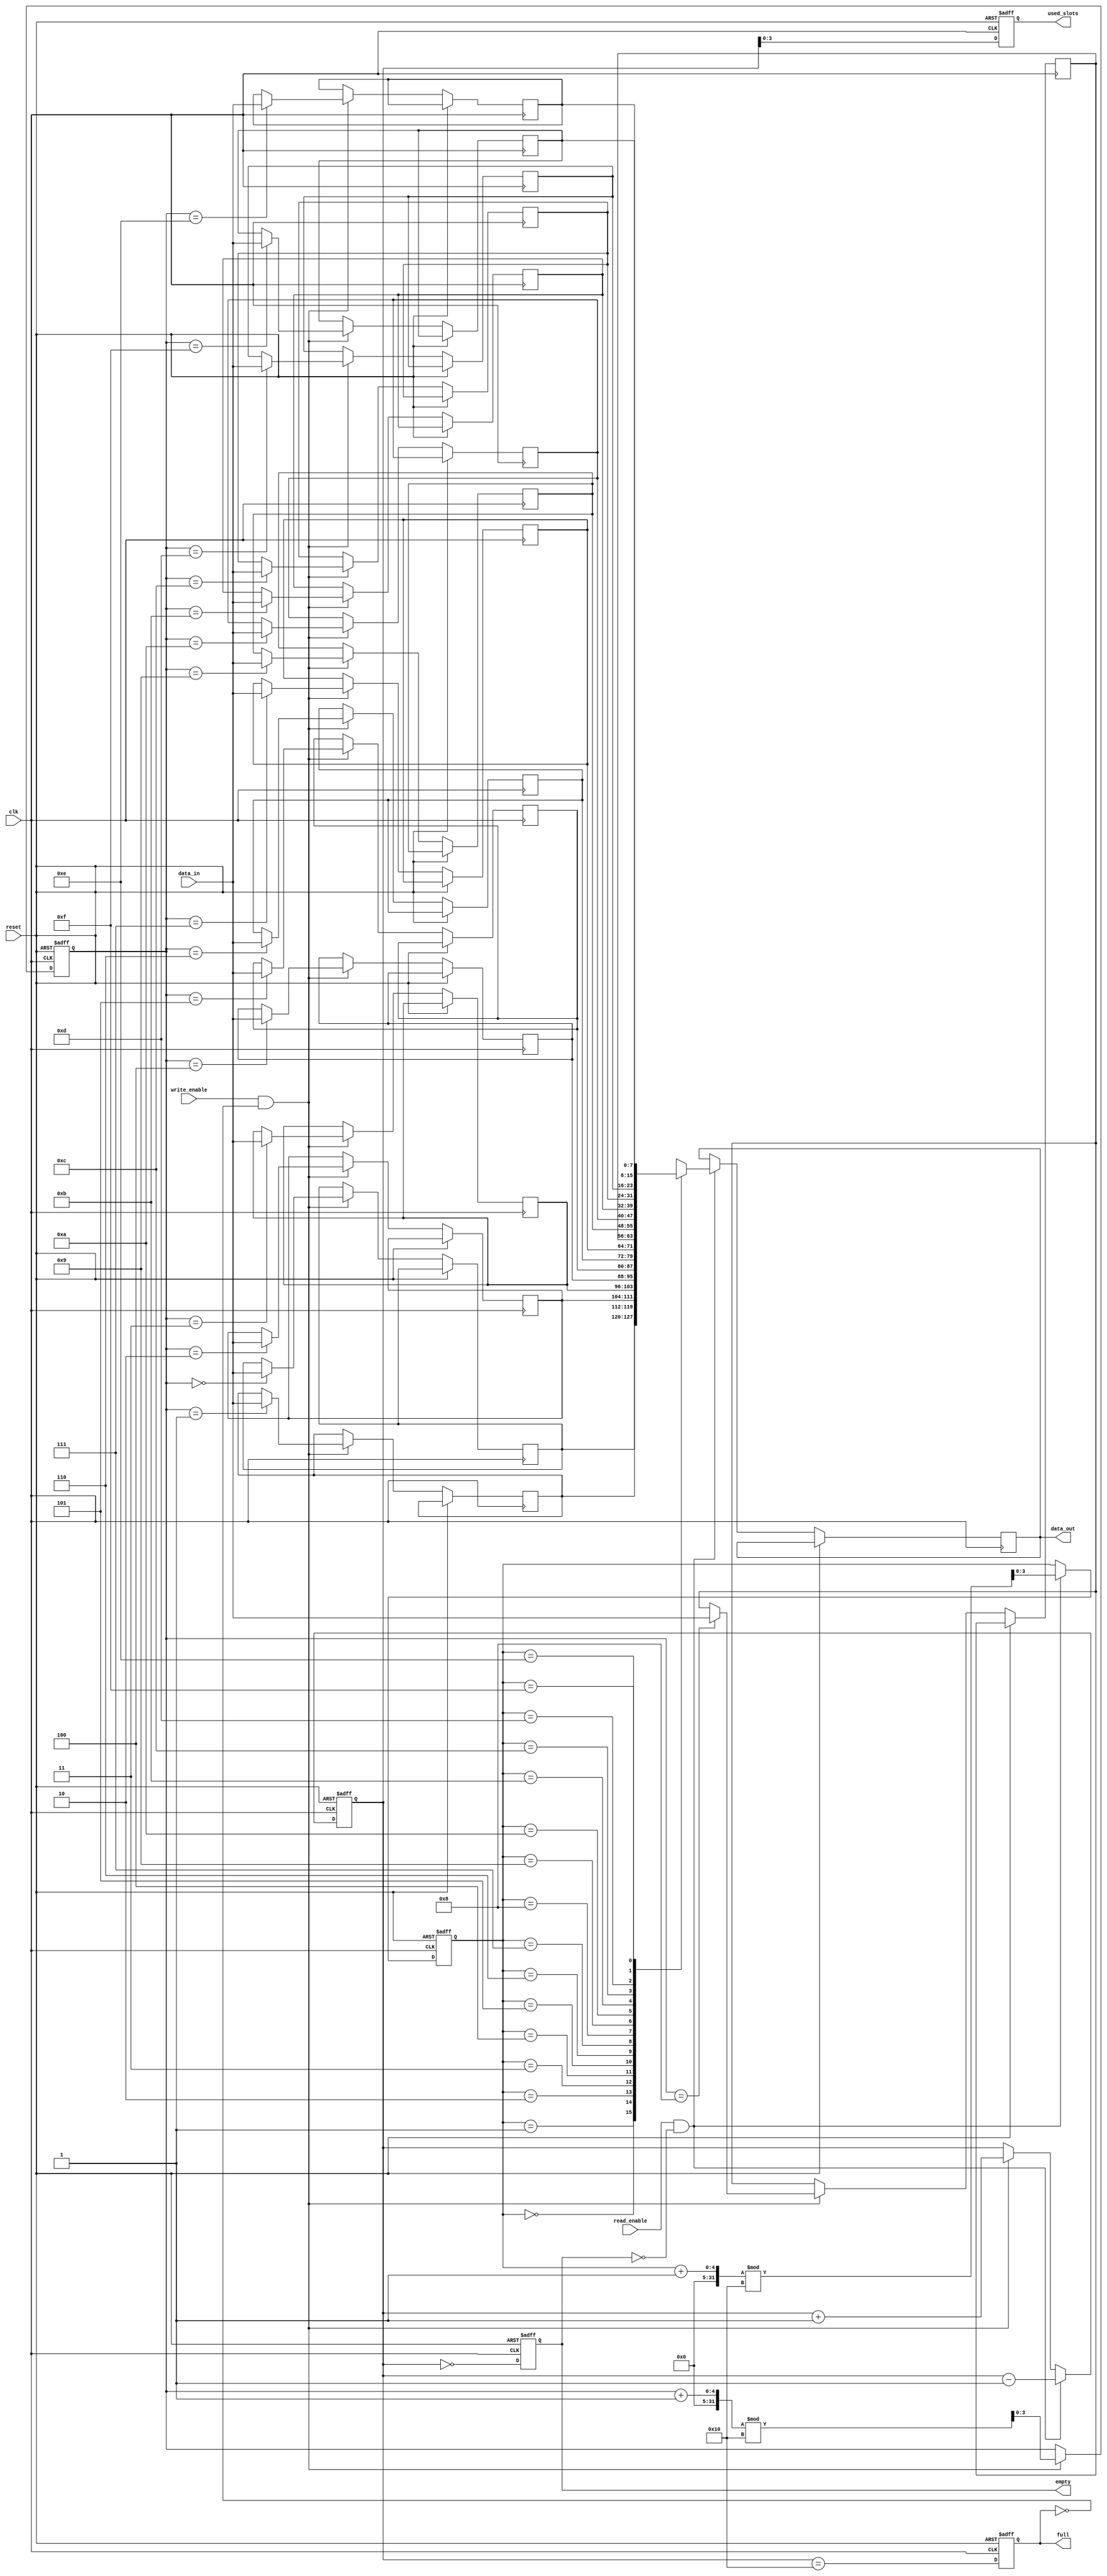
module parameterized_fifo #(
    parameter DATA_WIDTH = 8,  // Width of each data entry in bits
    parameter FIFO_DEPTH = 16   // Total number of entries (must be a power of 2)
)(
    input  wire clk,            // Clock signal
    input  wire reset,          // Asynchronous reset
    input  wire write_enable,    // Control signal to write data
    input  wire read_enable,     // Control signal to read data
    input  wire [DATA_WIDTH-1:0] data_in,  // Input data
    output reg  [DATA_WIDTH-1:0] data_out, // Output data
    output reg full,            // FIFO full status
    output reg empty,           // FIFO empty status
    output reg [clog2(FIFO_DEPTH)-1:0] used_slots // Number of used slots
);

    // Memory array for FIFO
    reg [DATA_WIDTH-1:0] fifo_mem[FIFO_DEPTH-1:0];
    reg [clog2(FIFO_DEPTH)-1:0] read_ptr;   // Read pointer
    reg [clog2(FIFO_DEPTH)-1:0] write_ptr;  // Write pointer
    reg [clog2(FIFO_DEPTH):0] count;         // Count of used slots

    // Calculate log2 of FIFO_DEPTH
    function integer clog2;
        input integer value;
        begin
            value = value - 1;
            for (clog2 = 0; value > 0; clog2 = clog2 + 1)
                value = value >> 1;
        end
    endfunction

    // Asynchronous reset and data operations
    always @(posedge clk or posedge reset) begin
        if (reset) begin
            read_ptr <= 0;
            write_ptr <= 0;
            count <= 0;
            empty <= 1;
            full <= 0;
            used_slots <= 0;
        end else begin
            // Write operation
            if (write_enable && !full) begin
                fifo_mem[write_ptr] <= data_in;
                write_ptr <= (write_ptr + 1) % FIFO_DEPTH;
                count <= count + 1;
            end
            
            // Read operation
            if (read_enable && !empty) begin
                data_out <= fifo_mem[read_ptr];
                read_ptr <= (read_ptr + 1) % FIFO_DEPTH;
                count <= count - 1;
            end
            
            // Update status signals
            empty <= (count == 0);
            full <= (count == FIFO_DEPTH);
            used_slots <= count;
        end
    end

endmodule